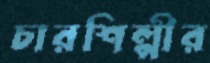
চারশিল্পীর